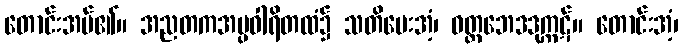
တောင်းအပ်၏။ အညတကအပ္ပဝါရိတထံ၌ သတိပေးအံ့၊ ဝတ္တဘေဒဒုက္ကဋ်။ တောင်းအံ့၊